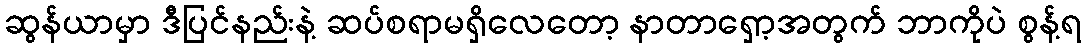
ဆွန်ယာမှာ ဒီပြင်နည်းနဲ့ ဆပ်စရာမရှိလေတော့ နာတာရှော့အတွက် ဘာကိုပဲ စွန့်ရ